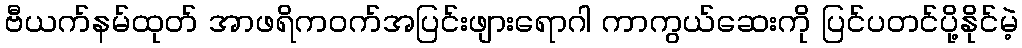
ဗီယက်နမ်ထုတ် အာဖရိကဝက်အပြင်းဖျားရောဂါ ကာကွယ်ဆေးကို ပြင်ပတင်ပို့နိုင်မဲ့